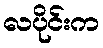
လပိုင်းက